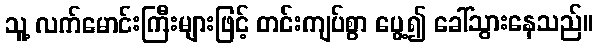
သူ့ လက်မောင်းကြီးများဖြင့် တင်းကျပ်စွာ ပွေ့၍ ခေါ်သွားနေသည်။